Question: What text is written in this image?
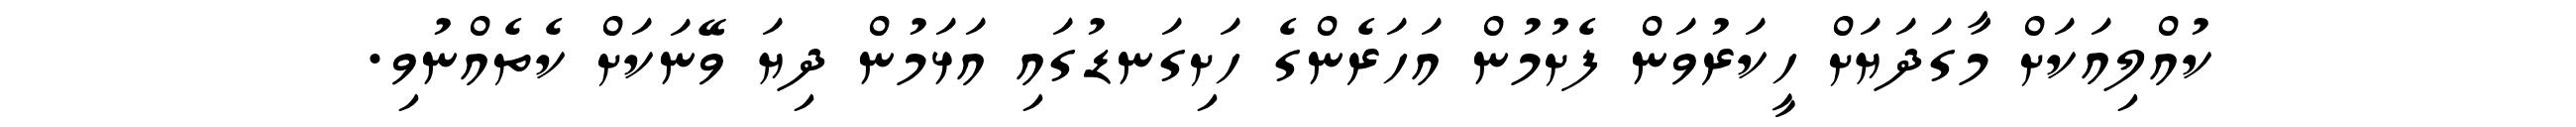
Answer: ކުއްލިއަކަށް މާގަދަޔަށް ހީކަރުވަން ފެށުމުން އަހަރެންގެ ހަށިގަނޑުގައި އަޅަމުން ދިޔަ ވޭނަކަށް ކެތެއްނުވި.